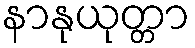
နာနုယုတ္တာ